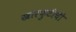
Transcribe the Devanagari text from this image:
खारफ़ुटीची